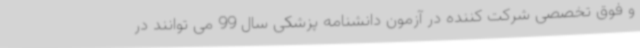
و فوق تخصصی شرکت کننده در آزمون دانشنامه پزشکی سال 99 می توانند در